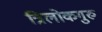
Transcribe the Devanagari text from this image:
त्रिलोकगुरु